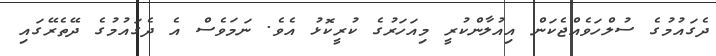
ދެގައުމުގެ ސުލްހަވެއްޖެކަން އިއުލާންކުރީ މިއަހަރުގެ ކުރީކޮޅު އެވެ. ނަމަވެސް އެ ދެގައުމުގެ ދޭތެރޭގައި